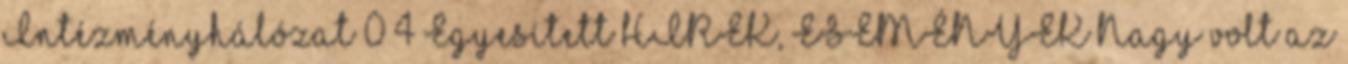
Intézményhálózat 0 4 Egyesített HÍREK, ESEMÉNYEK Nagy volt az